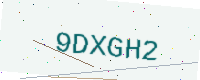
Text: 9DXGH2